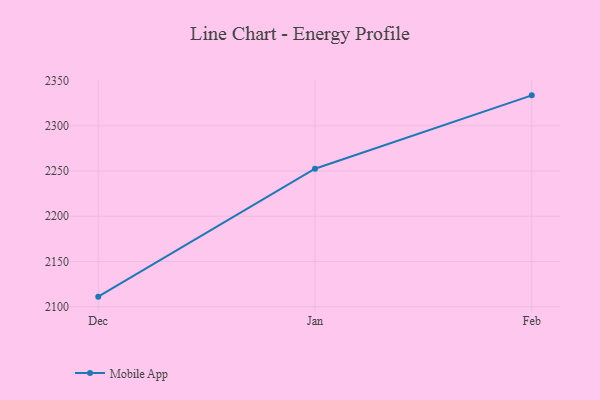
{"axis": {"x": "Month", "y": "Net Income (USD K)"}, "legend": ["Mobile App"], "data": [{"x": "Dec", "y": 2111.1, "type": "Mobile App"}, {"x": "Jan", "y": 2252.6, "type": "Mobile App"}, {"x": "Feb", "y": 2333.7, "type": "Mobile App"}]}